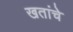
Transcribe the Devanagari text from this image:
खतांचे